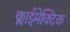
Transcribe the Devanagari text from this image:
क्लाईमेक्टिक